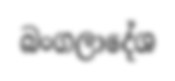
බංගලාදේශ